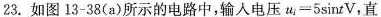
23.如图13-38(a)所示的电路中，输入电压$$u_{i}=5\sin tV$$，直